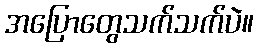
အပြောတွေသက်သက်ပဲ။